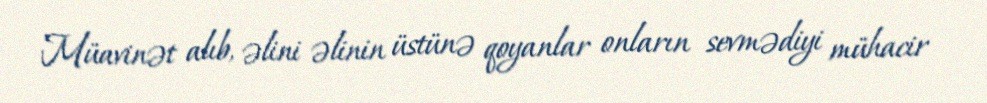
Müavinət alıb, əlini əlinin üstünə qoyanlar onların sevmədiyi mühacir